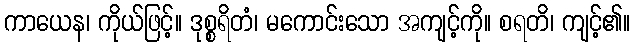
ကာယေန၊ ကိုယ်ဖြင့်။ ဒုစ္စရိတံ၊ မကောင်းသော အကျင့်ကို။ စရတိ၊ ကျင့်၏။